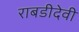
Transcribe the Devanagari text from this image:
राबडीदेवी